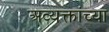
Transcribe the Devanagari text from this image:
अव्यक्तांच्या